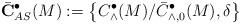
LaTeX: \begin{align*}\bar{\bf C}_{AS}^\bullet(M) := \left\{C^\bullet_\wedge (M)/\bar{C}_{\wedge, 0}^\bullet(M), \delta \right\}\end{align*}